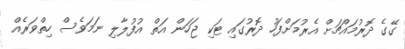
ގޭގެ ދޮރުމައްޗަށް އެރުމަށްފަހު ދޮރުގައި ޓަކި ޖަހަން އަތް އުފުލާލި ނަމަވެސް ހިތްވަރެއް